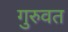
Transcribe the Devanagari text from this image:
गुरुवत